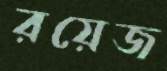
রয়েজ